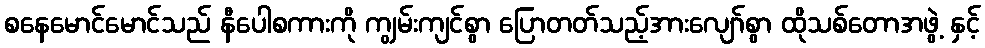
စနေမောင်မောင်သည် နီပေါစကားကို ကျွမ်းကျင်စွာ ပြောတတ်သည့်အားလျော်စွာ ထိုသစ်တောအဖွဲ့ နှင့်